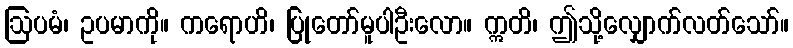
ဩပမံ၊ ဥပမာကို။ ကရောဟိ၊ ပြုတော်မူပါဦးလော။ ဣတိ၊ ဤသို့လျှောက်လတ်သော်။